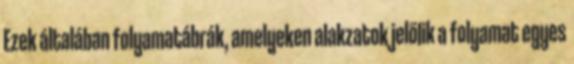
Ezek általában folyamatábrák, amelyeken alakzatok jelölik a folyamat egyes